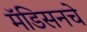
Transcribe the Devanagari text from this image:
मॅडिसनचे